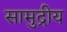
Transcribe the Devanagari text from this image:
सामुद्रीय